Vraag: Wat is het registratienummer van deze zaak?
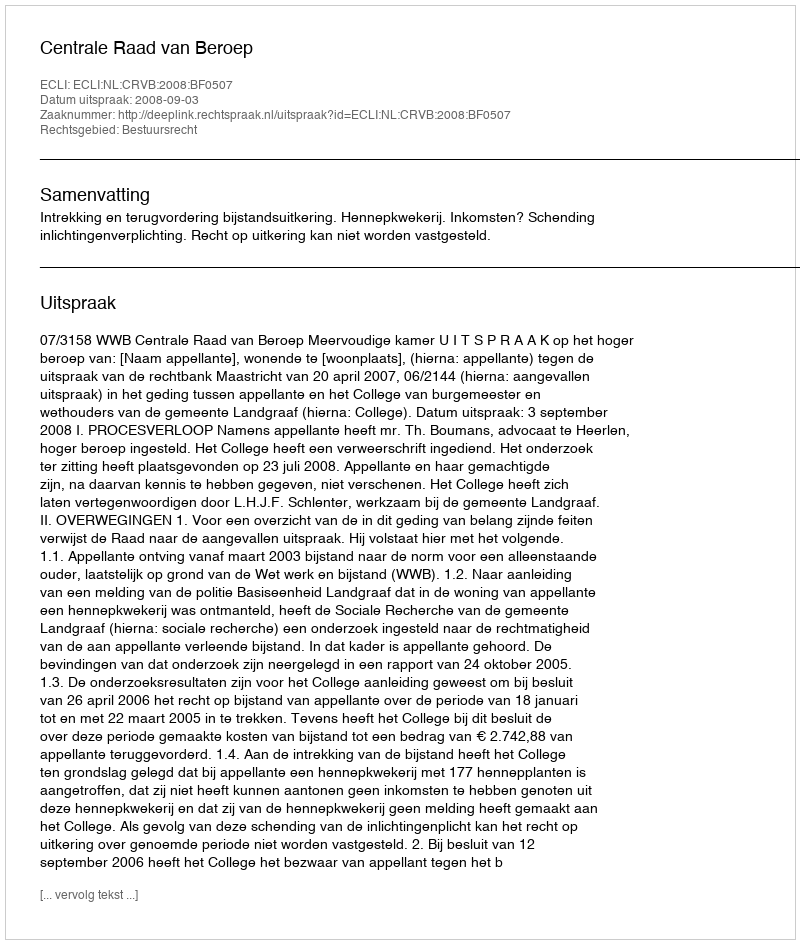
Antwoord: http://deeplink.rechtspraak.nl/uitspraak?id=ECLI:NL:CRVB:2008:BF0507